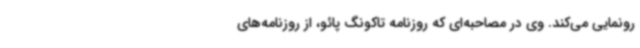
رونمایی می‌کند. وی در مصاحبه‌ای که روزنامه تاکونگ پائو، از روزنامه‌های